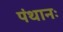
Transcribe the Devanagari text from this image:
पंथानः